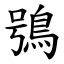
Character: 鴞